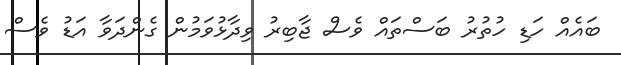
ބައެއް ހަޑި ހުތުރު ބަސްތައް ވެސް ޖާބިރު ވިދާޅުވަމުން ގެންދަވާ އަޑު ވެސް